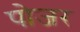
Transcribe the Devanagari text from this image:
पोजर